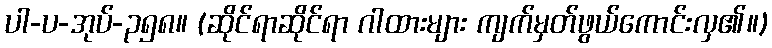
ပါ-ပ-အုပ်-၃၅၈။ (ဆိုင်ရာဆိုင်ရာ ဂါထားများ ကျက်မှတ်ဖွယ်ကောင်းလှ၏။)